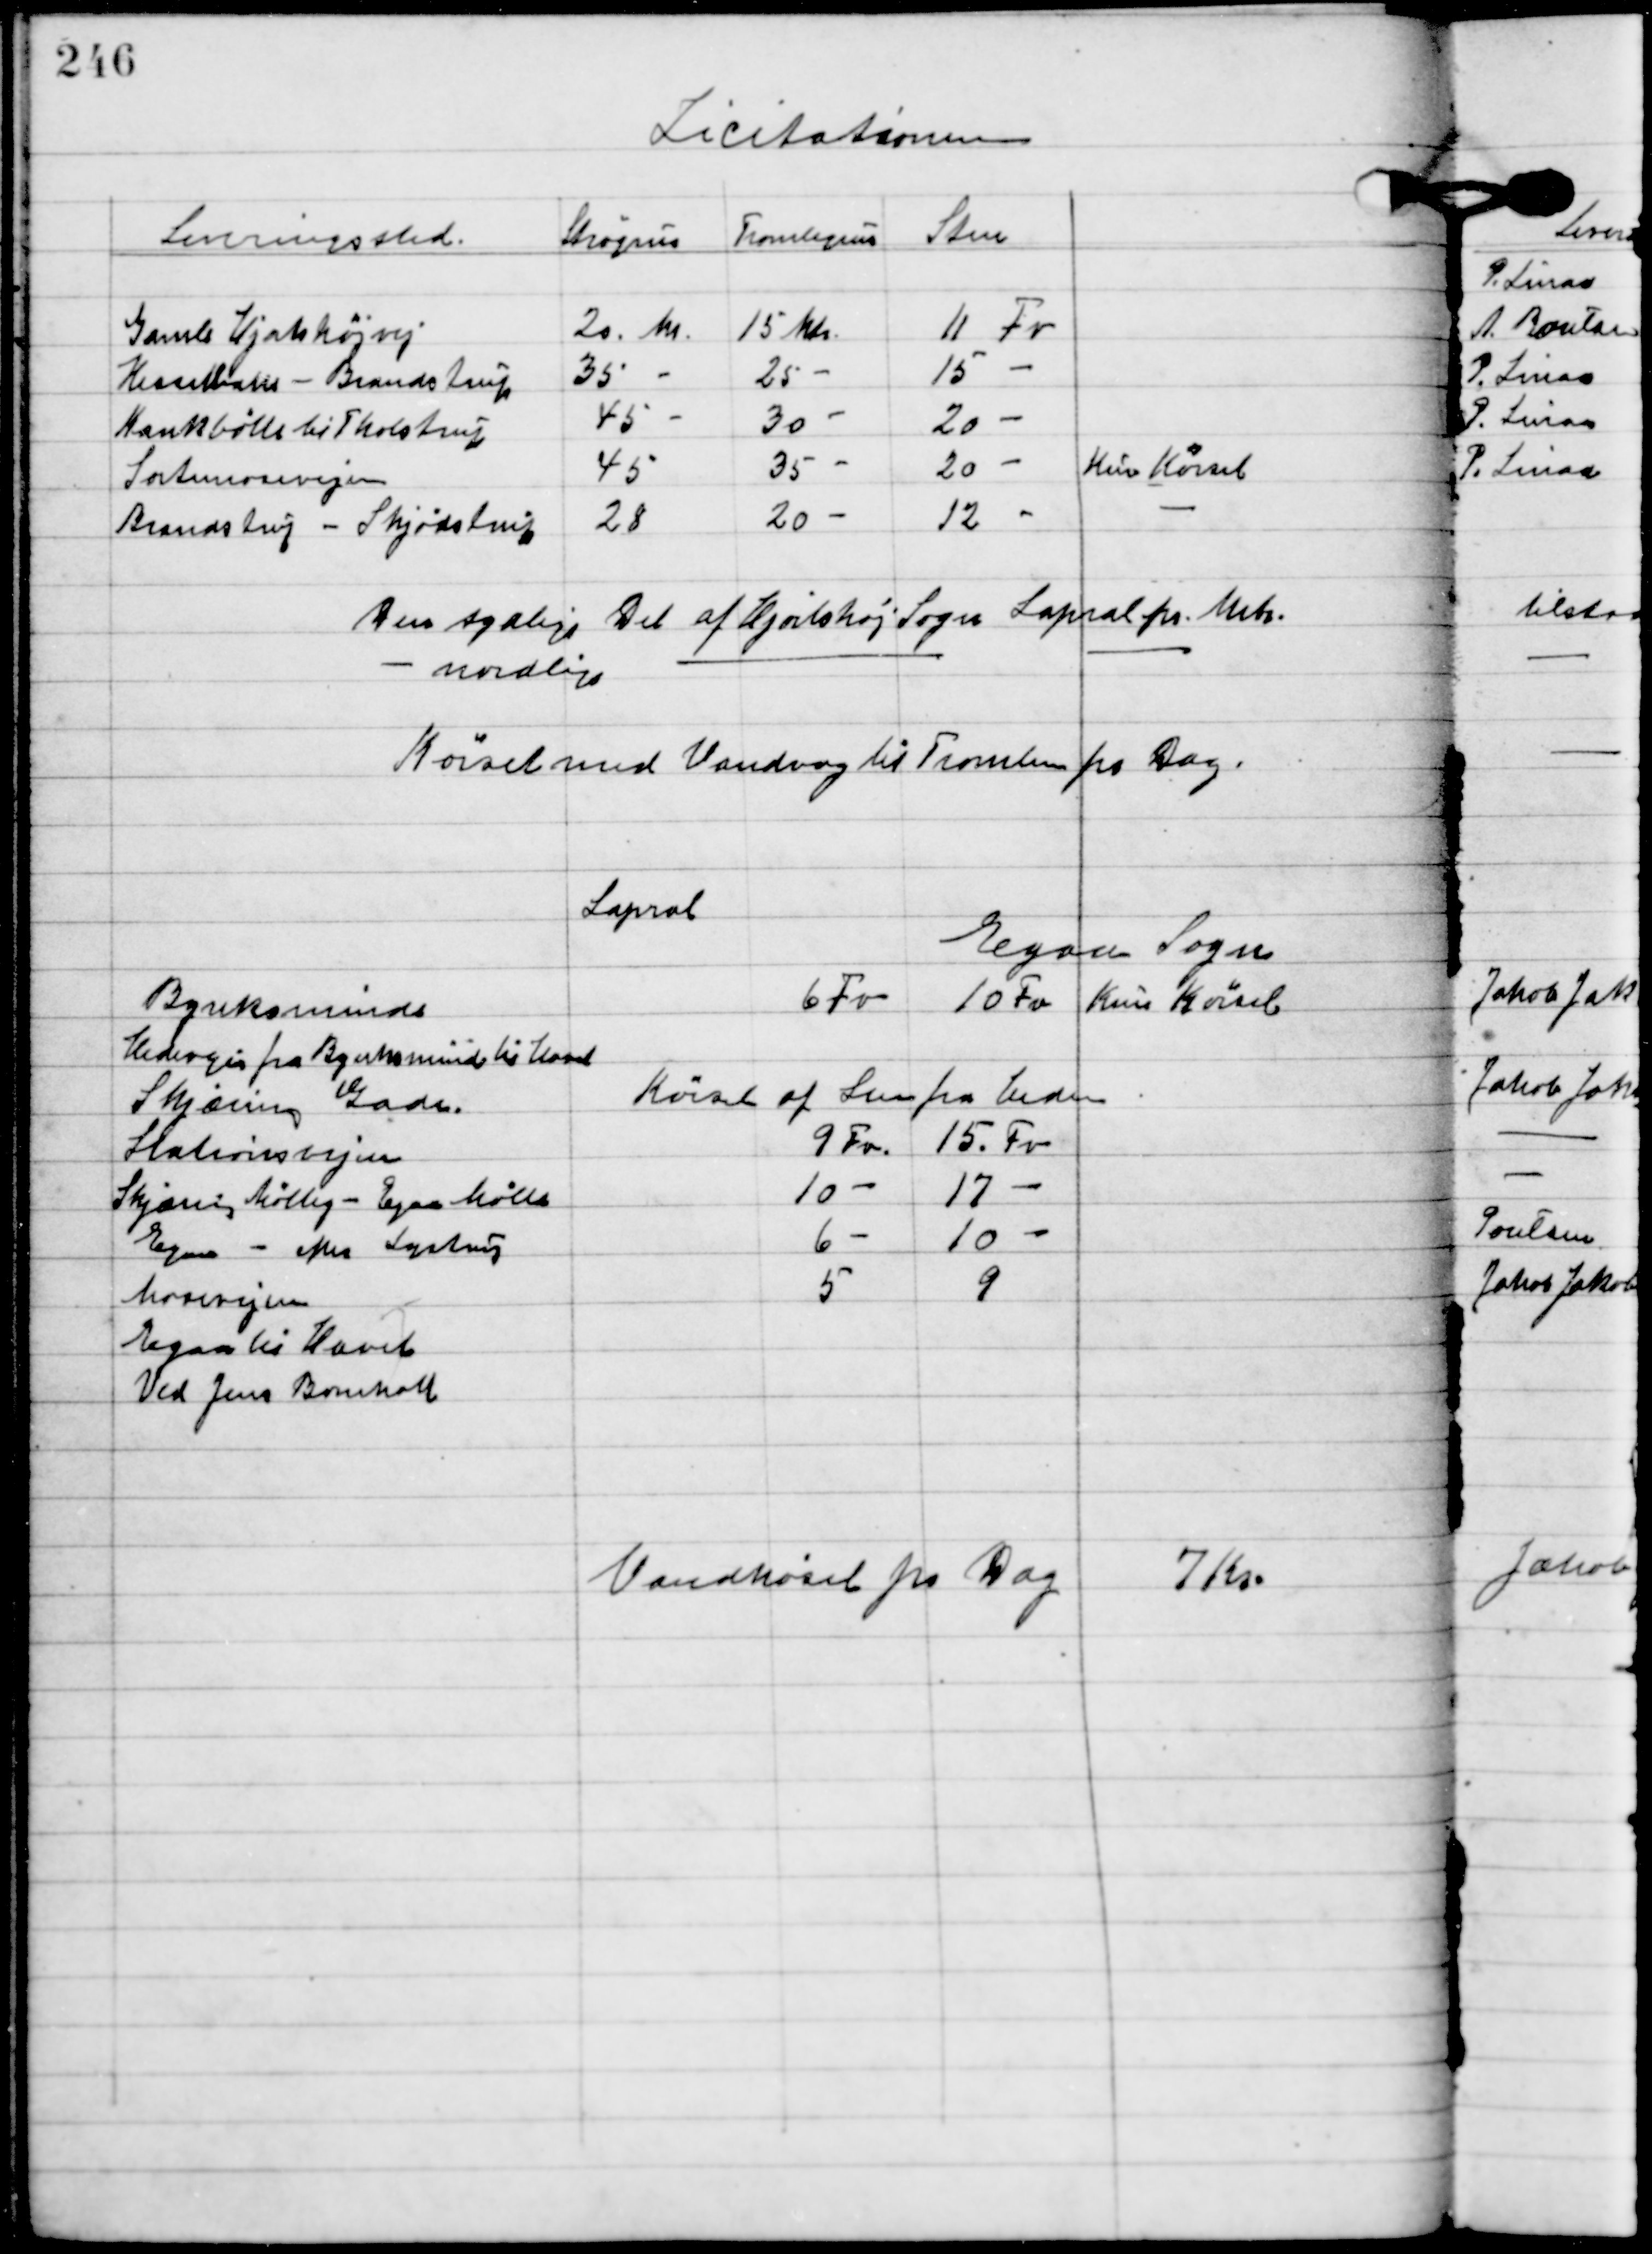
Transskription:
Licitationen.

Den sydlige del af Hjortshøj Sogn Lapral pr. Metr.
- nordlige - -
Kørsel med Vandvog til Tromlen pr. Dag.

Lapral
Egaa Sogn

Vandkøsel pr Dag 7 Kr.